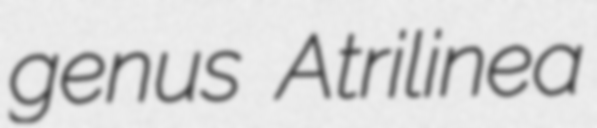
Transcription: genus Atrilinea